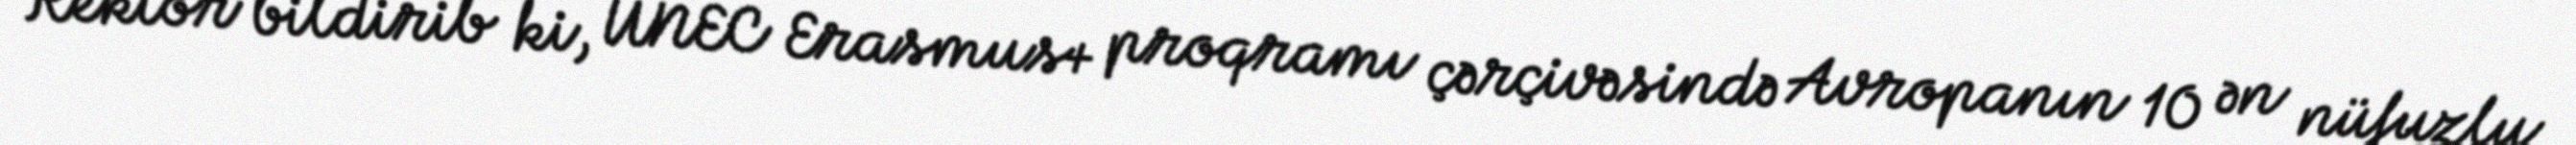
Rektor bildirib ki, UNEC Erasmus+ proqramı çərçivəsində Avropanın 10 ən nüfuzlu